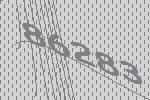
86283